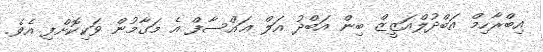
އިބްރާހިމް އަބްދުލްއަޒީޒް ބިން އަބްދު އަލް ޢައްސާފް އެ މަގާމުން ވަކިކޮށްފި އެވެ.